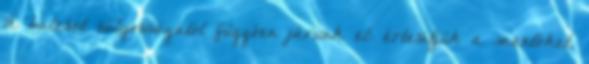
A baleset súlyosságától függően járunk el: értesítjük a mentőket,